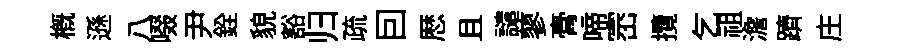
概遜八啜尹銓貌豁归疏囙厯且譴蓼膏啼崈攬乞祖澹躋庄